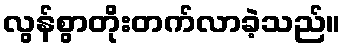
လွန်စွာတိုးတက်လာခဲ့သည်။